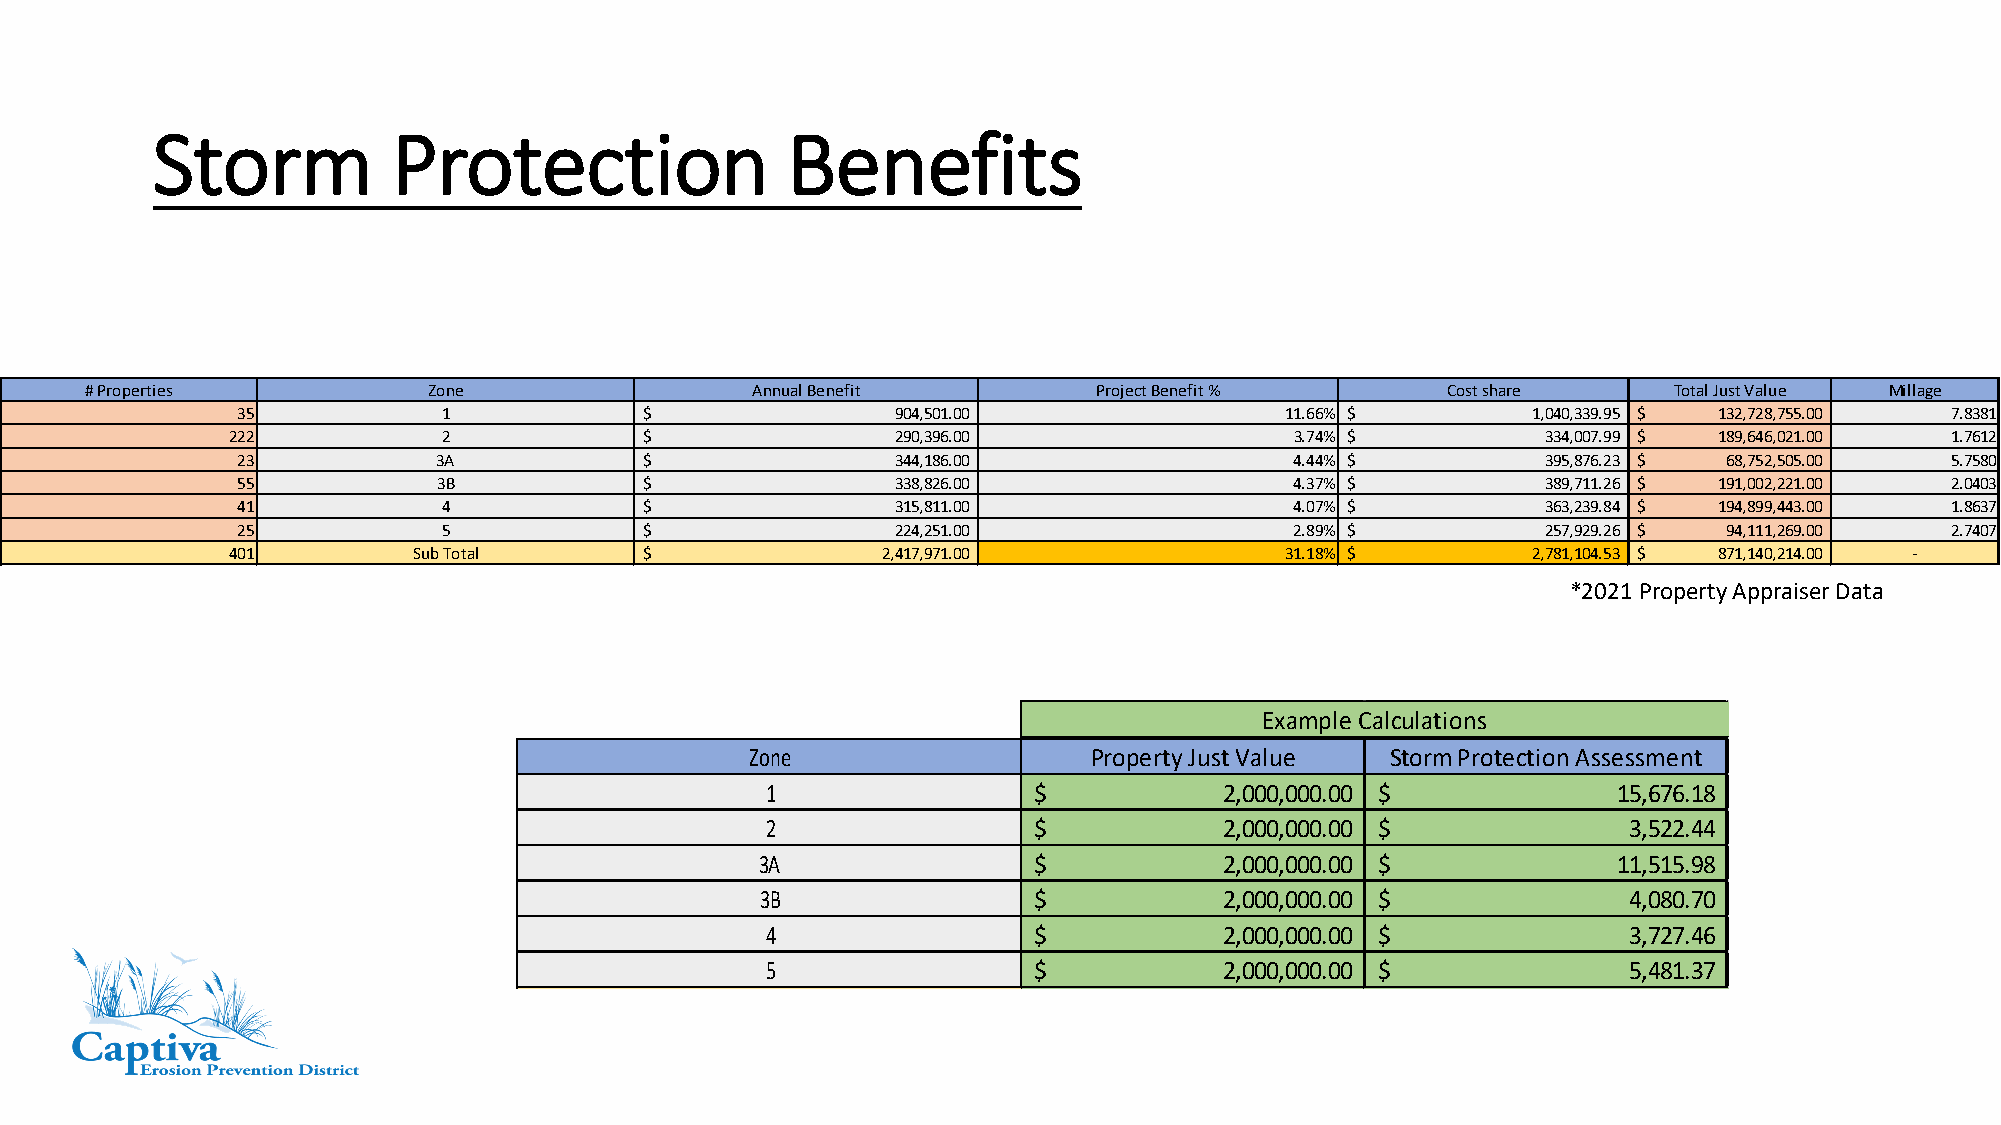
Storm           Protection                Benefits
 # Properties          Zone                  Annual Benefit         Project Benefit %      Cost share     Total Just Value Millage
 35           1             $               904,501.00                11.66% $        1,040,339.95 $ 132,728,755.00 7.8381
 222           2             $               290,396.00                 3.74% $         3 34,007.99 $ 189,646,021.00 1.7612
 23           3A            $               344,186.00                 4.44% $         3 95,876.23 $ 6 8,752,505.00 5.7580
 55           3B            $               338,826.00                 4.37% $         3 89,711.26 $ 191,002,221.00 2.0403
 41           4             $               315,811.00                 4.07% $         3 63,239.84 $ 194,899,443.00 1.8637
 25           5             $               224,251.00                 2.89% $         2 57,929.26 $ 9 4,111,269.00 2.7407
 401         Sub Total       $              2,417,971.00               31.18% $        2,781,104.53 $ 871,140,214.00 -
 *2021 Property Appraiser Data
 Example Calculations
 Zone                  Property Just Value Storm Protection Assessment
 1                $            2,000,000.00 $            1 5,676.18
 2                $            2,000,000.00 $             3,522.44
 3A                $            2,000,000.00 $            1 1,515.98
 3B                $            2,000,000.00 $             4,080.70
 4                $            2,000,000.00 $             3,727.46
 5                $            2,000,000.00 $             5,481.37